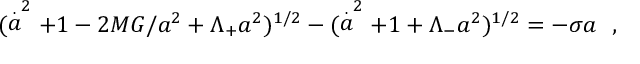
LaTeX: ( \stackrel { . } { a } ^ { 2 } + 1 - 2 M G / a ^ { 2 } + \Lambda _ { + } a ^ { 2 } ) ^ { 1 / 2 } - ( \stackrel { . } { a } ^ { 2 } + 1 + \Lambda _ { - } a ^ { 2 } ) ^ { 1 / 2 } = - \sigma a ~ ~ ,